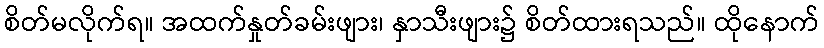
စိတ်မလိုက်ရ။ အထက်နှုတ်ခမ်းဖျား၊ နှာသီးဖျား၌ စိတ်ထားရသည်။ ထိုနောက်